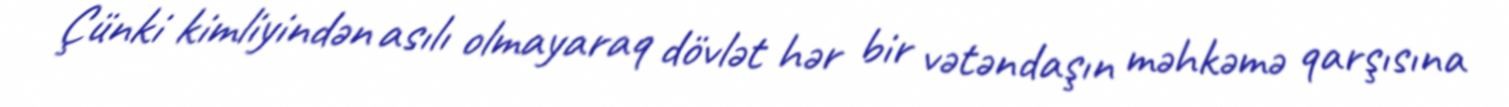
Çünki kimliyindən asılı olmayaraq dövlət hər bir vətəndaşın məhkəmə qarşısına